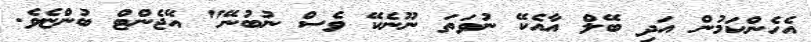
އެހެންކަމުން އަދި ބޭލް އާއެކޭ ނުވަތަ ނޫނެކޭ ވެސް ނުބުނޭ" އޭޖެންޓް ބުންޏެވެ.